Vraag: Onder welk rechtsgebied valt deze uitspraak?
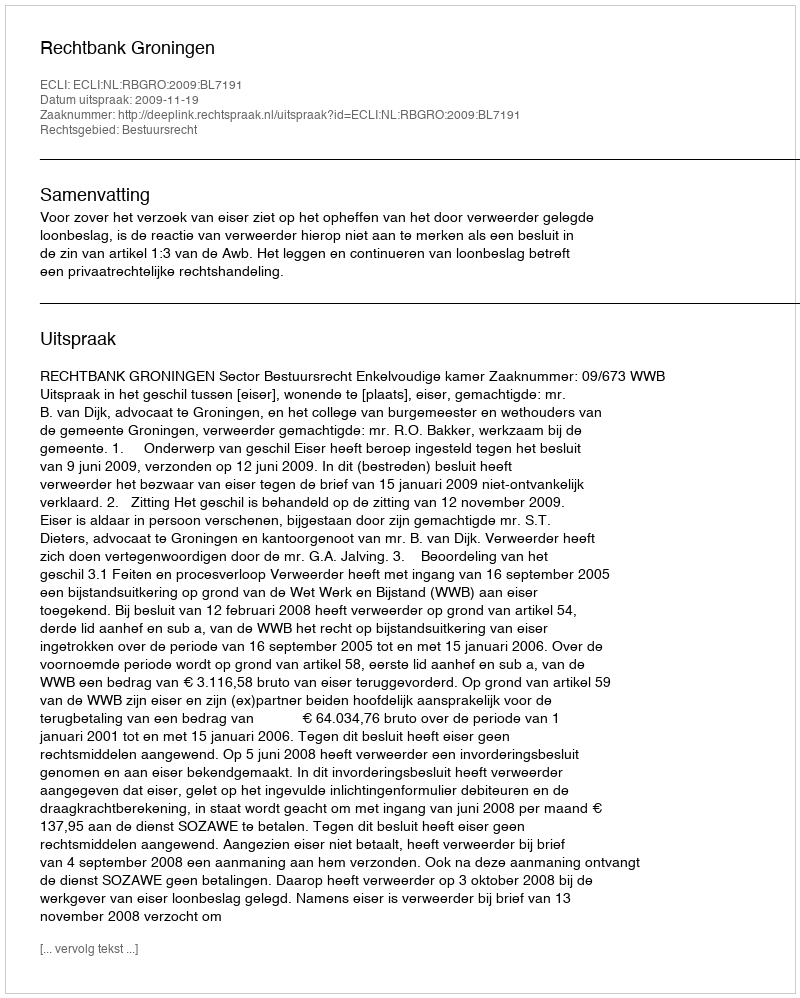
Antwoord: Bestuursrecht